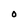
Character: O